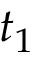
t _ { 1 }